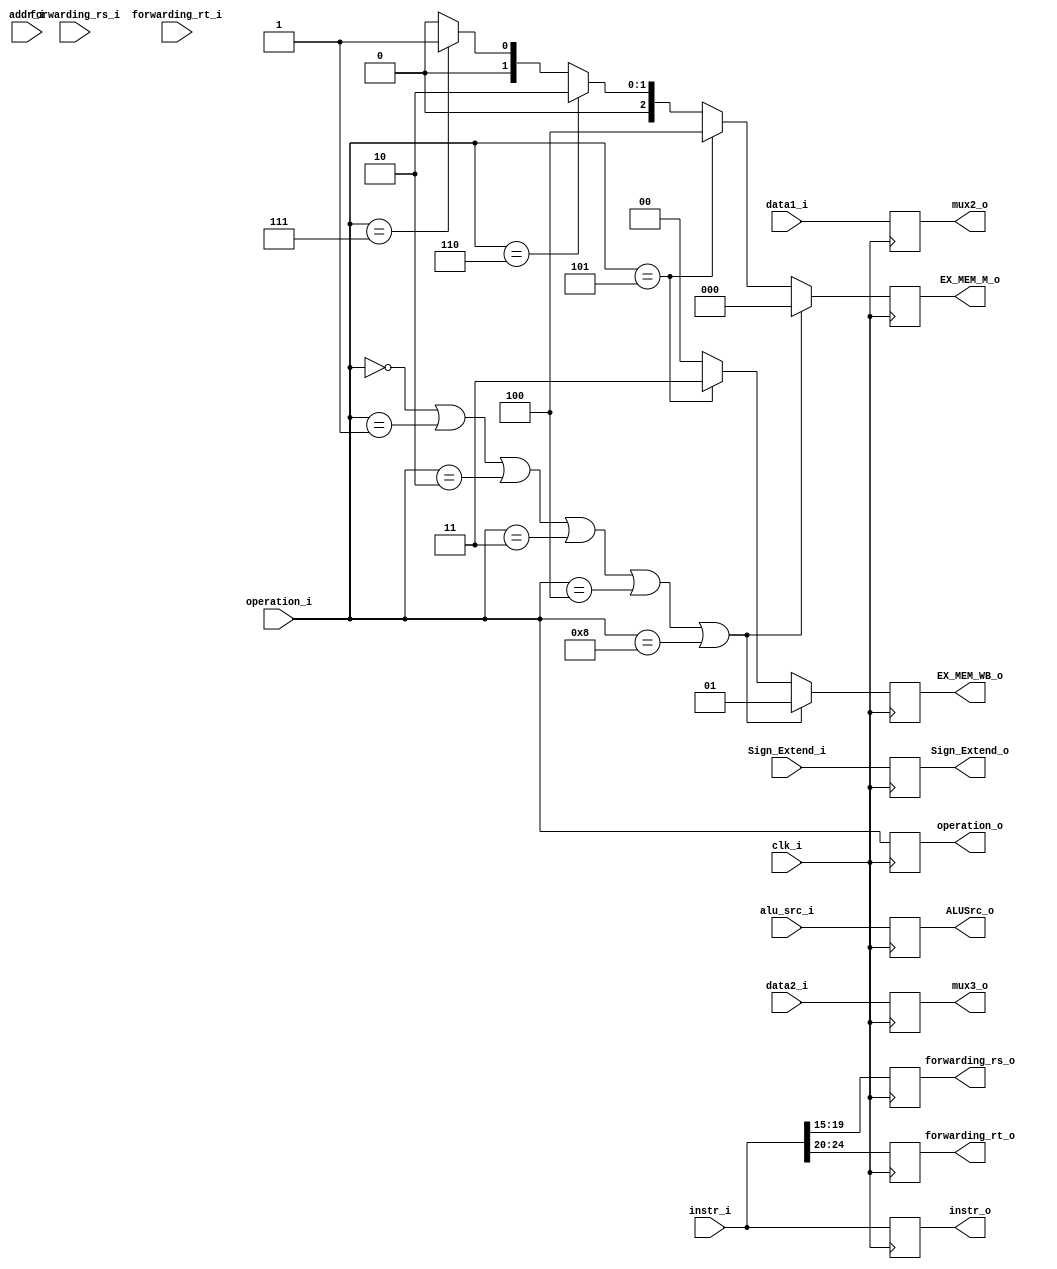
module ID_EX(
    clk_i,
    addr_i,
    operation_i,          //mod
    operation_o,          //mod
    data1_i,
    data2_i,
    Sign_Extend_i,
    instr_i,
    mux2_o,
    mux3_o,
    EX_MEM_WB_o,
    EX_MEM_M_o, 
    forwarding_rs_i,
    forwarding_rs_o,
    forwarding_rt_i,
    forwarding_rt_o,
    instr_o,
    alu_src_i,
    ALUSrc_o,
    Sign_Extend_o
);

input   clk_i;
input   [31:0]  addr_i, data1_i, data2_i, Sign_Extend_i, instr_i;
input   [3:0]   operation_i;
input   [4:0]   forwarding_rs_i, forwarding_rt_i;
output  [4:0]   forwarding_rs_o, forwarding_rt_o;
output  [3:0]   operation_o;
output  [31:0]  instr_o, mux2_o, mux3_o;
output  [2:0]   EX_MEM_M_o;
output  [1:0]   EX_MEM_WB_o;
input           alu_src_i;
output          ALUSrc_o;
reg     [2:0]   temp_EX_MEM_M_o;
reg     [1:0]   temp_EX_MEM_WB_o;
output  [31:0]  Sign_Extend_o;


reg     [2:0]   EX_MEM_M_o;
reg     [1:0]   EX_MEM_WB_o;
reg     [4:0]   forwarding_rs_o, forwarding_rt_o;
reg     [3:0]   operation_o;
reg     [31:0]  instr_o, mux2_o, mux3_o;
reg             ALUSrc_o;
reg     [31:0]  Sign_Extend_o;
/*
assign  forwarding_rs_o = instr_i[19:15];
assign  forwarding_rt_o = instr_i[24:20];
assign  operation_o = operation_i;
assign  instr_o = instr_i;
assign  mux2_o = data1_i;
assign  mux3_o = data2_i;
*/


always @(*) begin
    if (operation_i == 4'b0000 || operation_i == 4'b0001 || 
        operation_i == 4'b0010 || operation_i == 4'b0011 ||
        operation_i == 4'b0100 || operation_i == 4'b1000) 
    begin //reset
        temp_EX_MEM_M_o = 3'b000;    // read write branch
        //EX_MEM_M_o = 3'b000;
        temp_EX_MEM_WB_o = 2'b01;    // memtoreg regwr
        //EX_MEM_WB_o = 2'b01; 
    end
    else if (operation_i == 4'b0101) begin  //ld
        temp_EX_MEM_M_o = 3'b100;
        //EX_MEM_M_o = 3'b100;
        temp_EX_MEM_WB_o = 2'b11;
        //EX_MEM_WB_o = 2'b11;
    end
    else if (operation_i == 4'b0110) begin  //sd
        temp_EX_MEM_M_o = 3'b010;
        //EX_MEM_M_o = 3'b010;
        temp_EX_MEM_WB_o = 2'b00;
        //EX_MEM_WB_o = 2'b00;
    end
    else if (operation_i == 4'b0111) begin  //beq
        temp_EX_MEM_M_o = 3'b001;
        //EX_MEM_M_o = 3'b001;
        temp_EX_MEM_WB_o = 2'b00;
        //EX_MEM_WB_o = 2'b00;
    end
    else begin
        temp_EX_MEM_M_o = 3'b000;
        temp_EX_MEM_WB_o = 2'b00;
    end // else
end


always @(posedge clk_i) begin
    EX_MEM_M_o <= temp_EX_MEM_M_o;
    EX_MEM_WB_o <= temp_EX_MEM_WB_o; 
    forwarding_rs_o <= instr_i[19:15];
    forwarding_rt_o <= instr_i[24:20];
    operation_o <= operation_i;
    instr_o <= instr_i;
	mux2_o <= data1_i;
    mux3_o <= data2_i;
    ALUSrc_o <= alu_src_i;
    Sign_Extend_o <= Sign_Extend_i;
end

//assign EX_MEM_M_o = temp_EX_MEM_M_o;
//assign EX_MEM_WB_o = temp_EX_MEM_WB_o;

endmodule